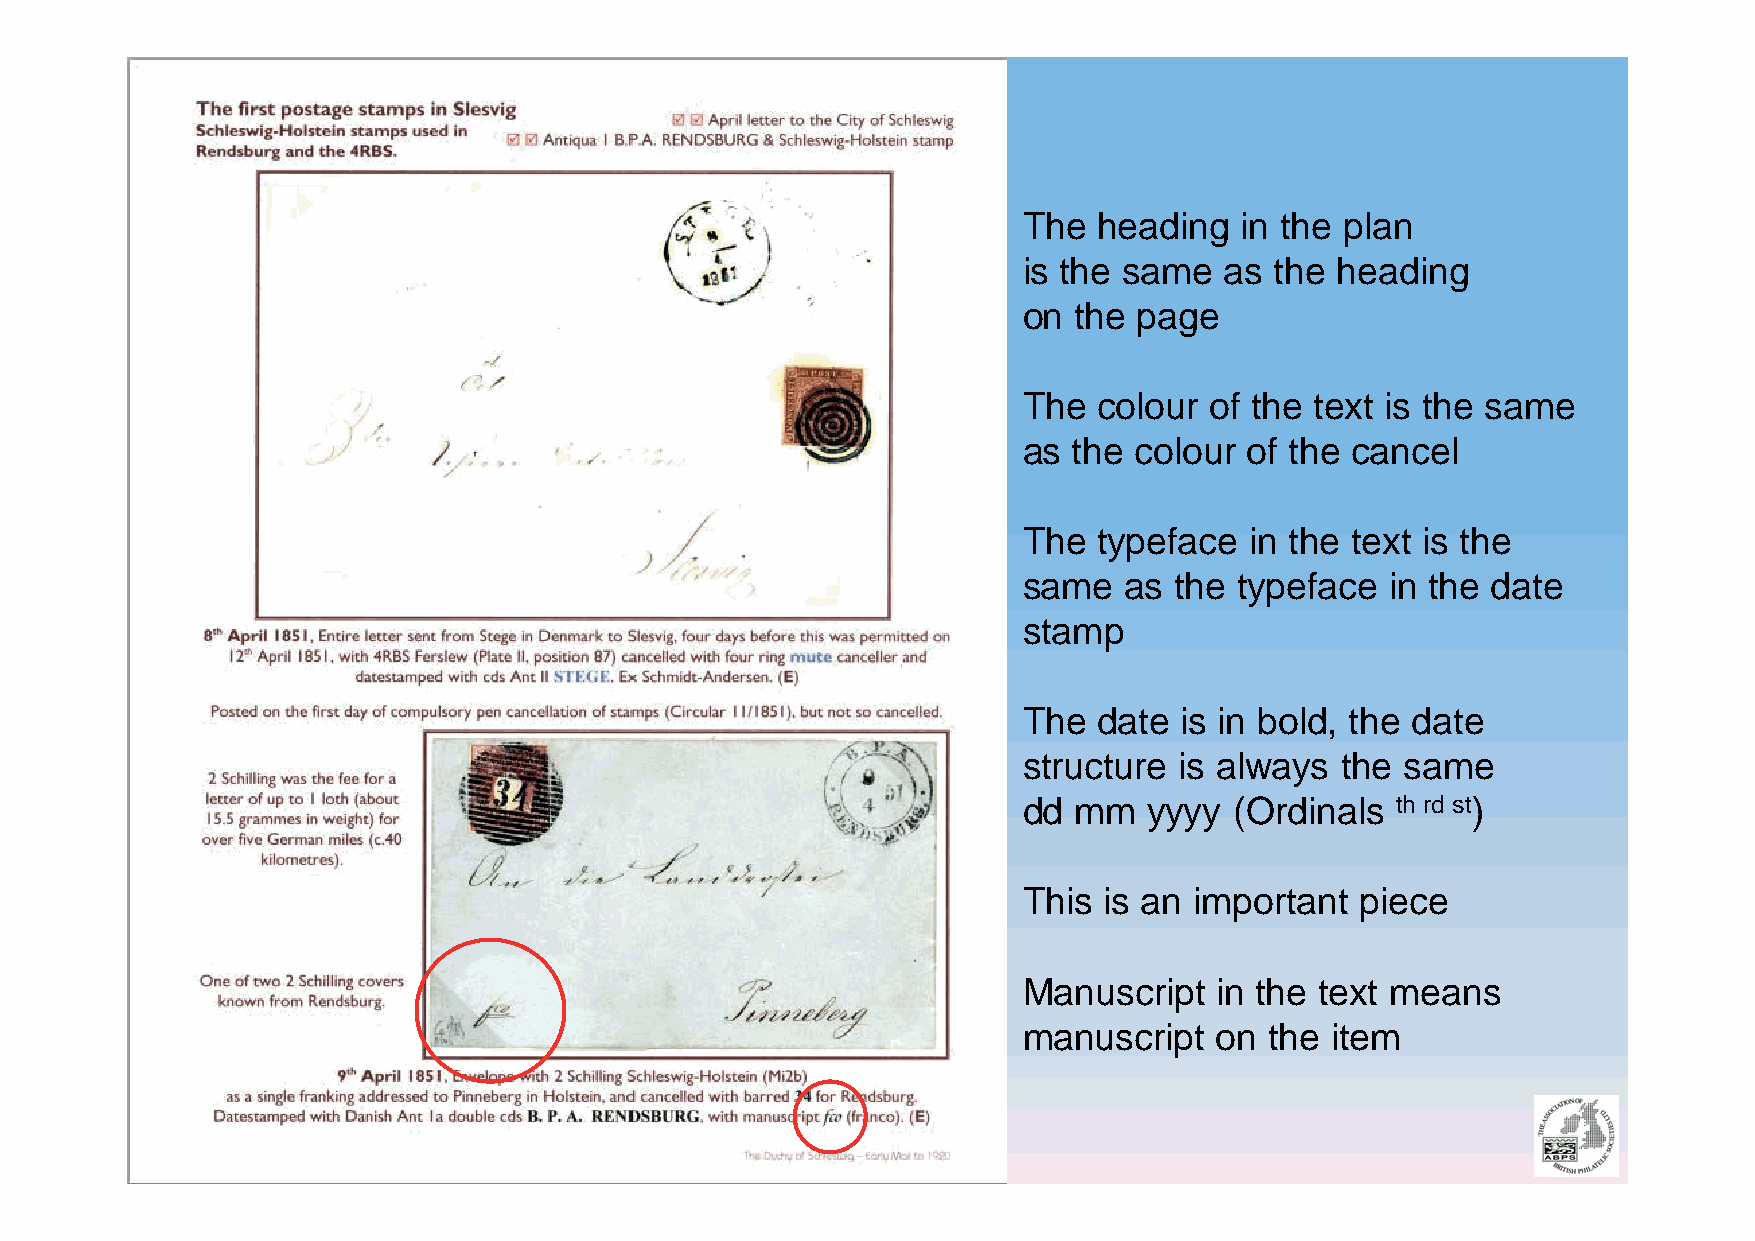
The  heading  in the plan
 is the same  as the heading
 on the page
 The  colour of the text is the same
 as the colour  of the cancel
 The  typeface  in the text is the
 same  as  the typeface  in the date
 stamp
 The  date is in bold, the date
 structure is always  the same
 dd mm   yyyy  (Ordinals th rd st)
 This is an important  piece
 Manuscript  in the text means
 manuscript  on  the item